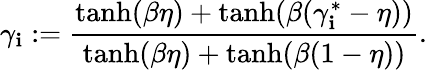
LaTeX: \gamma_{\mathbf{i}}:=\frac{{\operatorname{tanh}(\beta\eta)+\operatorname{tanh}(\beta({\gamma}_{\mathbf{i}}^{*}-\eta))}}{{\operatorname{tanh}(\beta\eta)+\operatorname{tanh}(\beta(1-\eta))}}.